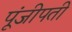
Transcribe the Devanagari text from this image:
पूंजीपती